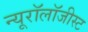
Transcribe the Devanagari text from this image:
न्यूरॉलॉजीस्ट